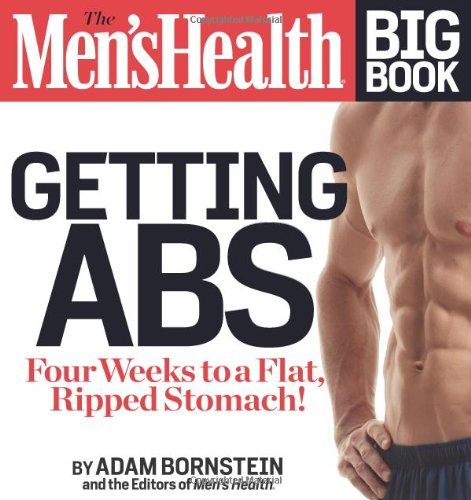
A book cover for The Men's Health Big Book: Getting Abs: Get a Flat, Ripped Stomach and Your Strongest Body Ever--in Four Weeks [Paperback] [2012] (Author) Adam Bornstein, Men's Health Editors of; Health, Fitness & Dieting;